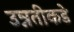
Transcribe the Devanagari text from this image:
उन्नतीकडे